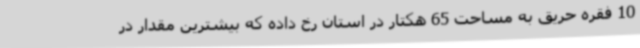
10 فقره حریق به مساحت 65 هکتار در استان رخ داده که بیشترین مقدار در